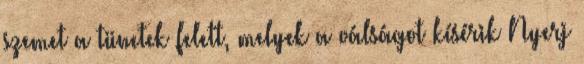
szemet a tünetek felett, melyek a válságot kísérik Nyerj